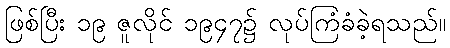
ဖြစ်ပြီး ၁၉ ဇူလိုင် ၁၉၄၇၌ လုပ်ကြံခံခဲ့ရသည်။